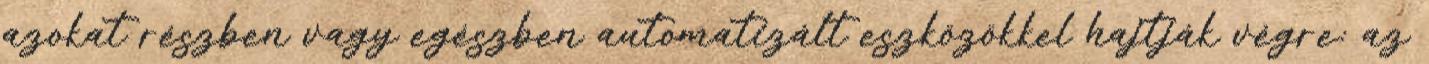
azokat részben vagy egészben automatizált eszközökkel hajtják végre: az